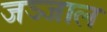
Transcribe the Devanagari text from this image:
जञ्जाल